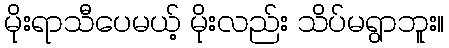
မိုးရာသီပေမယ့် မိုးလည်း သိပ်မရွာဘူး။